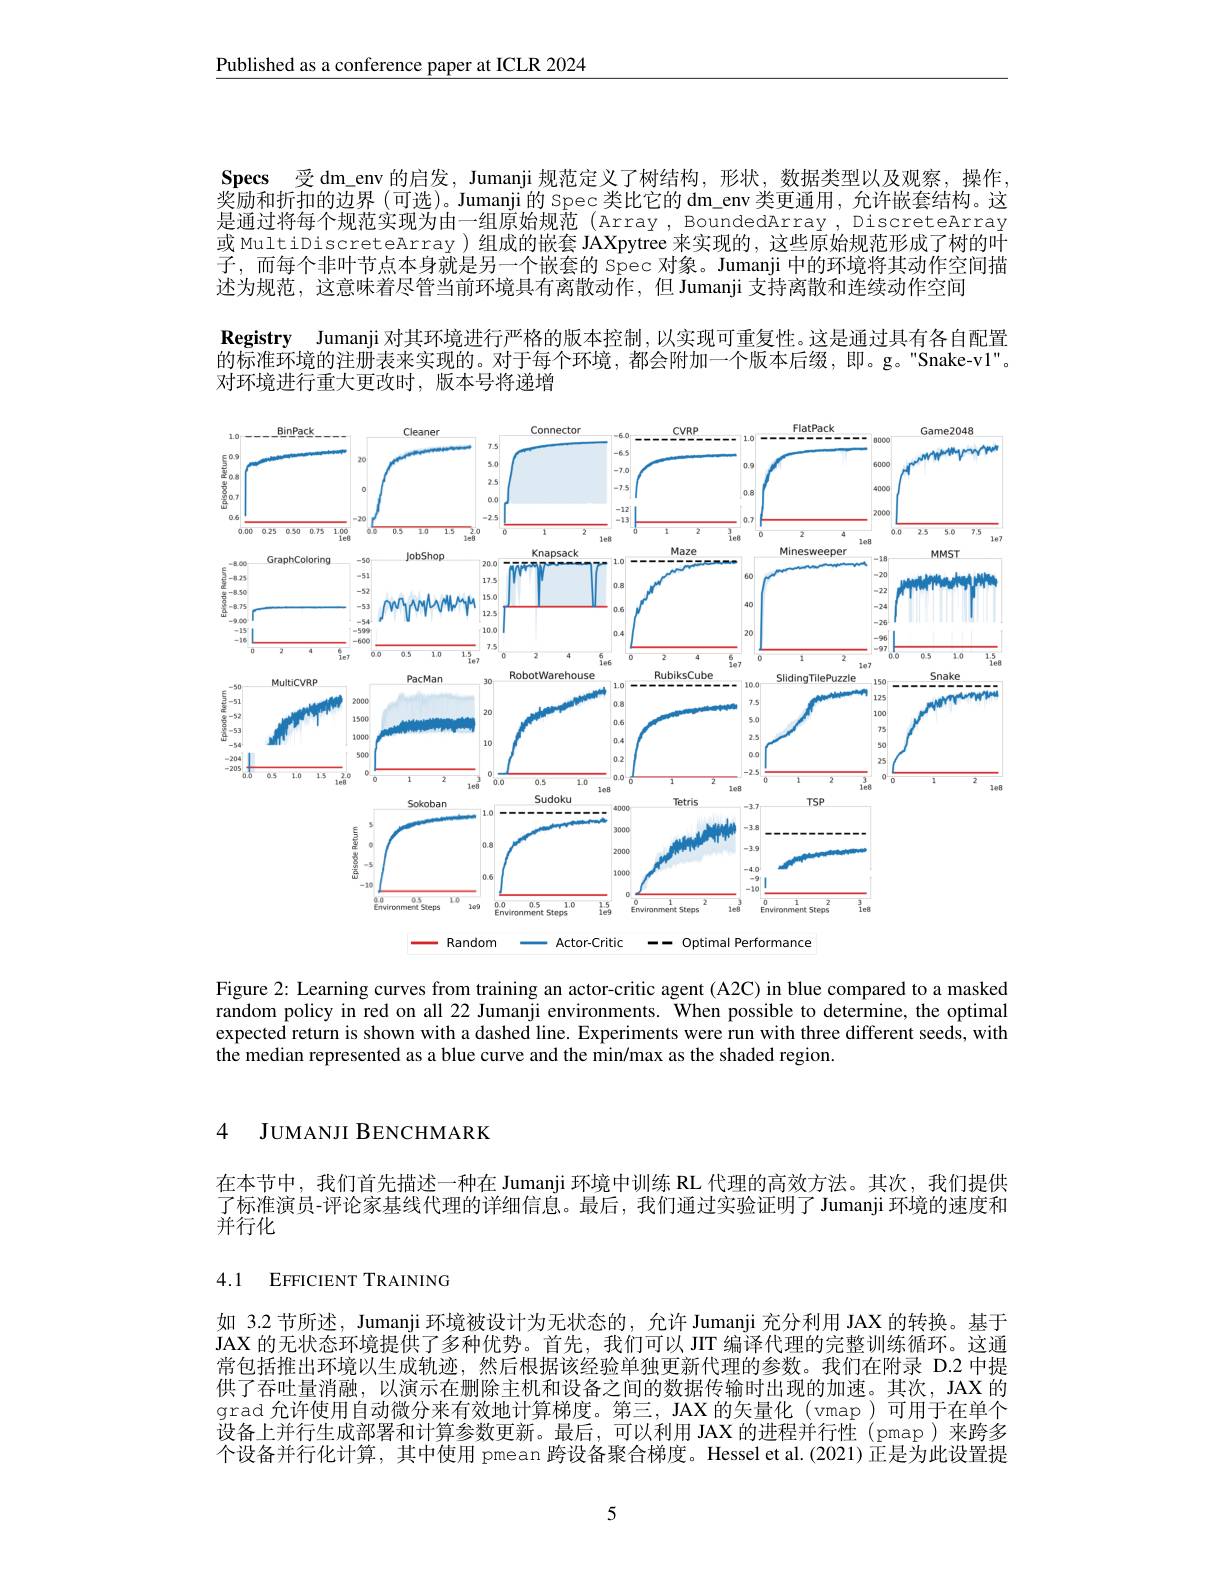
Published as a conference paper at ICLR 2024

Specs 受 dm\_env 的启发，Jumanji 规范定义了树结构，形状，数据类型以及观察，操作， 奖励和折扣的边界 (可选)。Jumanji 的 Spec 类比它的 dm\_env 类更通用，允许嵌套结构。这是通过将每个规范实现为由一组原始规范 (Array, BoundedArray, Discreteārray 或 MultiDiscreteArray)组成的嵌套 JAXpytree 来实现的，这些原始规范形成了树的叶子，而每个非叶节点本身就是另一个嵌套的 Spec 对象。Jumanji 中的环境将其动作空间描述为规范，这意味着尽管当前环境具有离散动作，但 Jumanji 支持离散和连续动作空间
Registry Jumanji 对其环境进行严格的版本控制，以实现可重复性。这是通过具有各自配置的标准环境的注册表来实现的。对于每个环境，都会附加一个版本后缀，即。g。"Snake-vl"。对环境进行重大更改时，版本号将递增

<FigureHere>
-Random
-Actor-Critic--Optimal Performance

Figure 2: Learning curves from training an actor-critic agent (A2C) in blue compared to a masked random policy in red on all 22 Jumanji environments. When possible to determine, the optimal expected return is shown with a dashed line. Experiments were run with three different seeds, with the median represented as a blue curve and the min/max as the shaded region.

4 JUMANJI BENCHMARK

在本节中，我们首先描述一种在 Jumanji 环境中训练 RL 代理的高效方法。其次，我们提供了标准演员-评论家基线代理的详细信息。最后，我们通过实验证明了Jumanji 环境的速度和并行化

4.1 EFFICIENT TRAINING

如 3.2 节所述，Jumanji 环境被设计为无状态的，允许 Jumanji 充分利用 JAX 的转换。基于JAX 的无状态环境提供了多种优势。首先，我们可以 JIT 编译代理的完整训练循环。这通常包括推出环境以生成轨迹，然后根据该经验单独更新代理的参数。我们在附录 D.2 中提供了吞吐量消融，以演示在删除主机和设备之间的数据传输时出现的加速。其次，JAX 的grad 允许使用自动微分来有效地计算梯度。第三，JAX 的矢量化(vmap)可用于在单个设备上并行生成部署和计算参数更新。最后，可以利用 JAX 的进程并行性(pmap)来跨多个设备并行化计算，其中使用 pmean 跨设备聚合梯度。Hessel et al.(2021) 正是为此设置提

5